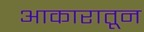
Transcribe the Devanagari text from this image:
आकारातून